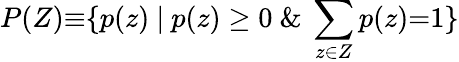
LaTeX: P(Z){\equiv}\{ p(z)~|~p(z)\ge 0~\& ~\sum_{z\in Z}p(z){=}1\}